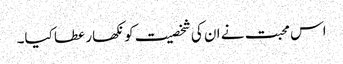
اس محبت نے ان کی شخصیت کو نکھار عطا کیا۔